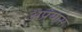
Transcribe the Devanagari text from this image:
अप्रयास